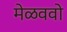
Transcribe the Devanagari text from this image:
मेळववो